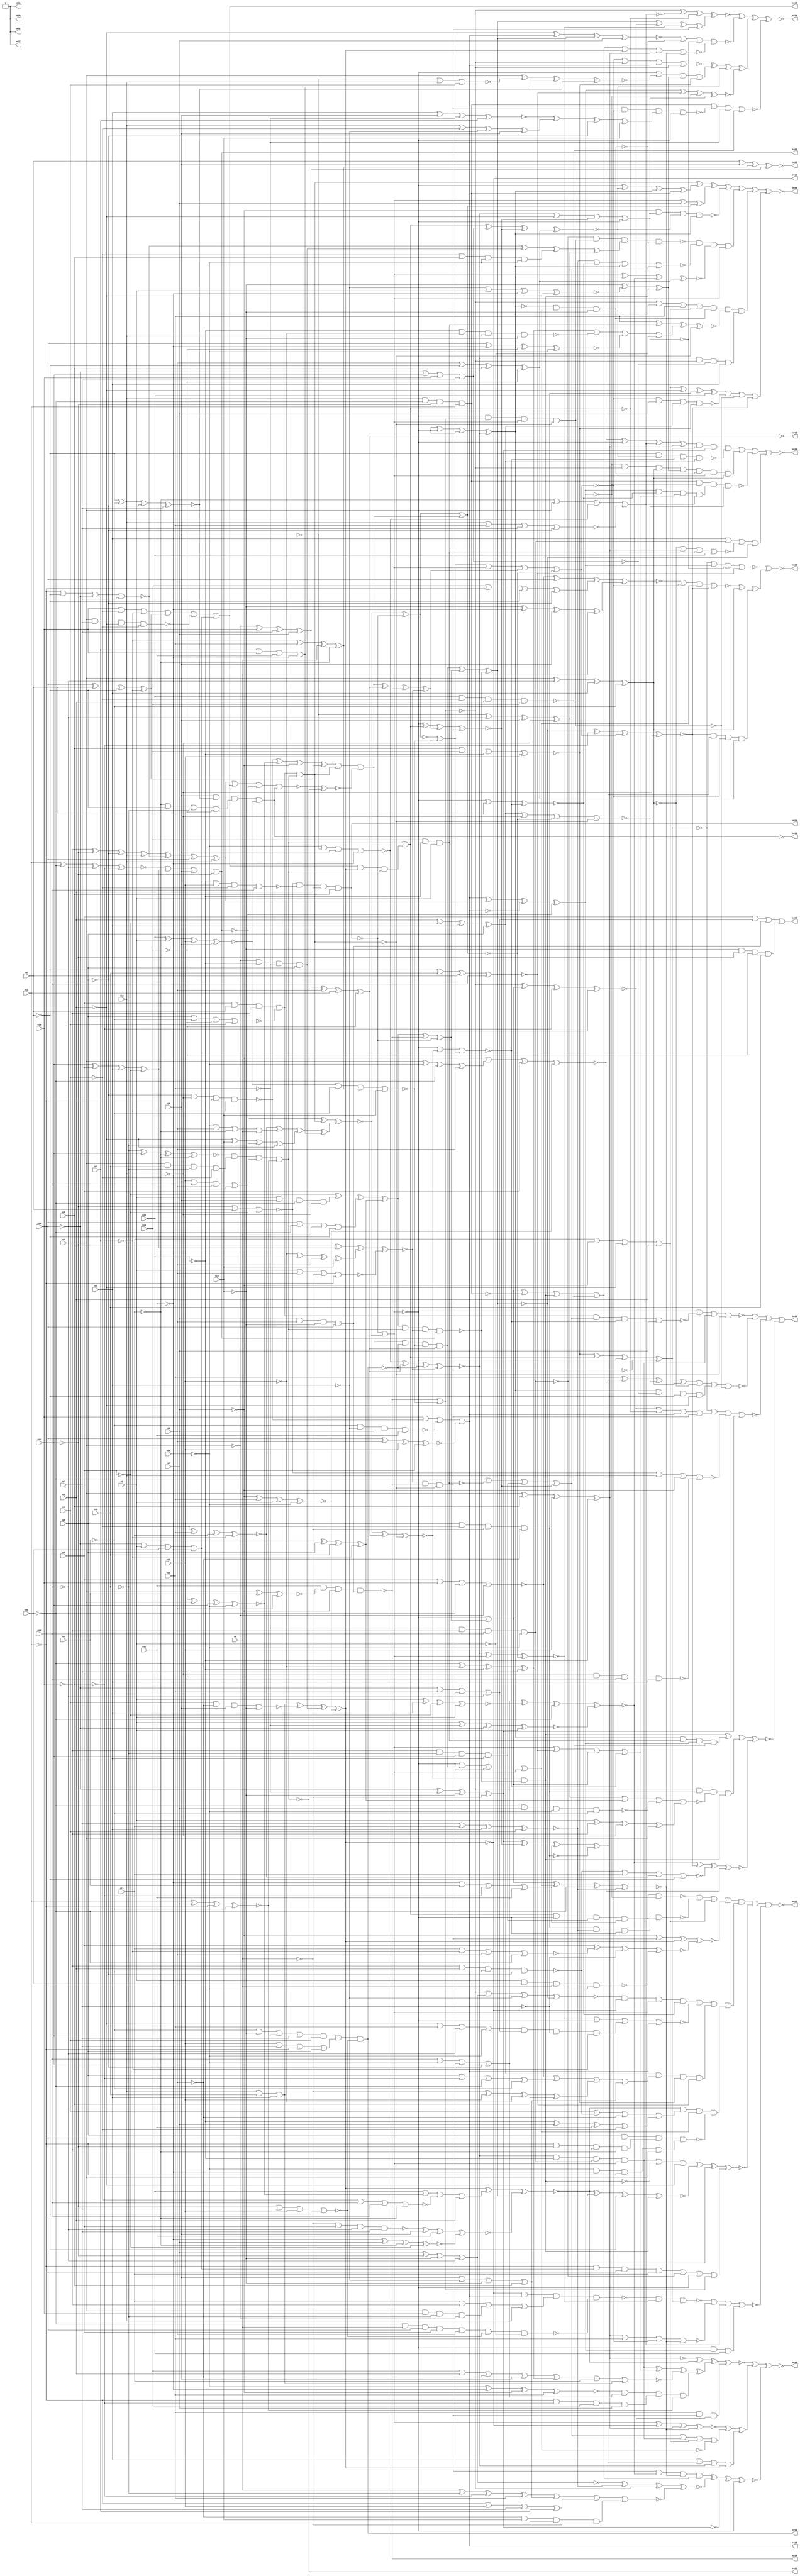
// Benchmark C:\Users\Lucas Nestor\Documents\osu\sp21\esl\circuit_generation\Stats\5_24_randomized_params\Stat_804_2825 written by SynthGen on 2021/05/24 19:48:30
module Stat_804_2825( n1, n2, n3, n4, n5, n6, n7, n8,
 n9, n10, n11, n12, n13, n14, n15, n16,
 n17, n18, n19, n20, n21, n22, n23, n24,
 n25, n26, n27, n28, n29, n30, n31, n32,
 n398, n413, n409, n419, n415, n417, n421, n410,
 n420, n422, n412, n418, n414, n832, n829, n828,
 n827, n834, n836, n835, n831, n830, n833);

input n1, n2, n3, n4, n5, n6, n7, n8,
 n9, n10, n11, n12, n13, n14, n15, n16,
 n17, n18, n19, n20, n21, n22, n23, n24,
 n25, n26, n27, n28, n29, n30, n31, n32;

output n398, n413, n409, n419, n415, n417, n421, n410,
 n420, n422, n412, n418, n414, n832, n829, n828,
 n827, n834, n836, n835, n831, n830, n833;

wire n33, n34, n35, n36, n37, n38, n39, n40,
 n41, n42, n43, n44, n45, n46, n47, n48,
 n49, n50, n51, n52, n53, n54, n55, n56,
 n57, n58, n59, n60, n61, n62, n63, n64,
 n65, n66, n67, n68, n69, n70, n71, n72,
 n73, n74, n75, n76, n77, n78, n79, n80,
 n81, n82, n83, n84, n85, n86, n87, n88,
 n89, n90, n91, n92, n93, n94, n95, n96,
 n97, n98, n99, n100, n101, n102, n103, n104,
 n105, n106, n107, n108, n109, n110, n111, n112,
 n113, n114, n115, n116, n117, n118, n119, n120,
 n121, n122, n123, n124, n125, n126, n127, n128,
 n129, n130, n131, n132, n133, n134, n135, n136,
 n137, n138, n139, n140, n141, n142, n143, n144,
 n145, n146, n147, n148, n149, n150, n151, n152,
 n153, n154, n155, n156, n157, n158, n159, n160,
 n161, n162, n163, n164, n165, n166, n167, n168,
 n169, n170, n171, n172, n173, n174, n175, n176,
 n177, n178, n179, n180, n181, n182, n183, n184,
 n185, n186, n187, n188, n189, n190, n191, n192,
 n193, n194, n195, n196, n197, n198, n199, n200,
 n201, n202, n203, n204, n205, n206, n207, n208,
 n209, n210, n211, n212, n213, n214, n215, n216,
 n217, n218, n219, n220, n221, n222, n223, n224,
 n225, n226, n227, n228, n229, n230, n231, n232,
 n233, n234, n235, n236, n237, n238, n239, n240,
 n241, n242, n243, n244, n245, n246, n247, n248,
 n249, n250, n251, n252, n253, n254, n255, n256,
 n257, n258, n259, n260, n261, n262, n263, n264,
 n265, n266, n267, n268, n269, n270, n271, n272,
 n273, n274, n275, n276, n277, n278, n279, n280,
 n281, n282, n283, n284, n285, n286, n287, n288,
 n289, n290, n291, n292, n293, n294, n295, n296,
 n297, n298, n299, n300, n301, n302, n303, n304,
 n305, n306, n307, n308, n309, n310, n311, n312,
 n313, n314, n315, n316, n317, n318, n319, n320,
 n321, n322, n323, n324, n325, n326, n327, n328,
 n329, n330, n331, n332, n333, n334, n335, n336,
 n337, n338, n339, n340, n341, n342, n343, n344,
 n345, n346, n347, n348, n349, n350, n351, n352,
 n353, n354, n355, n356, n357, n358, n359, n360,
 n361, n362, n363, n364, n365, n366, n367, n368,
 n369, n370, n371, n372, n373, n374, n375, n376,
 n377, n378, n379, n380, n381, n382, n383, n384,
 n385, n386, n387, n388, n389, n390, n391, n392,
 n393, n394, n395, n396, n397, n399, n400, n401,
 n402, n403, n404, n405, n406, n407, n408, n411,
 n416, n423, n424, n425, n426, n427, n428, n429,
 n430, n431, n432, n433, n434, n435, n436, n437,
 n438, n439, n440, n441, n442, n443, n444, n445,
 n446, n447, n448, n449, n450, n451, n452, n453,
 n454, n455, n456, n457, n458, n459, n460, n461,
 n462, n463, n464, n465, n466, n467, n468, n469,
 n470, n471, n472, n473, n474, n475, n476, n477,
 n478, n479, n480, n481, n482, n483, n484, n485,
 n486, n487, n488, n489, n490, n491, n492, n493,
 n494, n495, n496, n497, n498, n499, n500, n501,
 n502, n503, n504, n505, n506, n507, n508, n509,
 n510, n511, n512, n513, n514, n515, n516, n517,
 n518, n519, n520, n521, n522, n523, n524, n525,
 n526, n527, n528, n529, n530, n531, n532, n533,
 n534, n535, n536, n537, n538, n539, n540, n541,
 n542, n543, n544, n545, n546, n547, n548, n549,
 n550, n551, n552, n553, n554, n555, n556, n557,
 n558, n559, n560, n561, n562, n563, n564, n565,
 n566, n567, n568, n569, n570, n571, n572, n573,
 n574, n575, n576, n577, n578, n579, n580, n581,
 n582, n583, n584, n585, n586, n587, n588, n589,
 n590, n591, n592, n593, n594, n595, n596, n597,
 n598, n599, n600, n601, n602, n603, n604, n605,
 n606, n607, n608, n609, n610, n611, n612, n613,
 n614, n615, n616, n617, n618, n619, n620, n621,
 n622, n623, n624, n625, n626, n627, n628, n629,
 n630, n631, n632, n633, n634, n635, n636, n637,
 n638, n639, n640, n641, n642, n643, n644, n645,
 n646, n647, n648, n649, n650, n651, n652, n653,
 n654, n655, n656, n657, n658, n659, n660, n661,
 n662, n663, n664, n665, n666, n667, n668, n669,
 n670, n671, n672, n673, n674, n675, n676, n677,
 n678, n679, n680, n681, n682, n683, n684, n685,
 n686, n687, n688, n689, n690, n691, n692, n693,
 n694, n695, n696, n697, n698, n699, n700, n701,
 n702, n703, n704, n705, n706, n707, n708, n709,
 n710, n711, n712, n713, n714, n715, n716, n717,
 n718, n719, n720, n721, n722, n723, n724, n725,
 n726, n727, n728, n729, n730, n731, n732, n733,
 n734, n735, n736, n737, n738, n739, n740, n741,
 n742, n743, n744, n745, n746, n747, n748, n749,
 n750, n751, n752, n753, n754, n755, n756, n757,
 n758, n759, n760, n761, n762, n763, n764, n765,
 n766, n767, n768, n769, n770, n771, n772, n773,
 n774, n775, n776, n777, n778, n779, n780, n781,
 n782, n783, n784, n785, n786, n787, n788, n789,
 n790, n791, n792, n793, n794, n795, n796, n797,
 n798, n799, n800, n801, n802, n803, n804, n805,
 n806, n807, n808, n809, n810, n811, n812, n813,
 n814, n815, n816, n817, n818, n819, n820, n821,
 n822, n823, n824, n825, n826;

not  g0 (n129, n14);
not  g1 (n87, n9);
buf  g2 (n100, n1);
not  g3 (n50, n11);
buf  g4 (n36, n4);
not  g5 (n82, n5);
buf  g6 (n139, n15);
buf  g7 (n120, n15);
not  g8 (n138, n9);
not  g9 (n89, n26);
buf  g10 (n47, n25);
not  g11 (n140, n19);
buf  g12 (n155, n13);
buf  g13 (n40, n23);
buf  g14 (n119, n11);
not  g15 (n33, n2);
not  g16 (n148, n32);
not  g17 (n66, n24);
not  g18 (n114, n2);
buf  g19 (n68, n4);
buf  g20 (n77, n19);
buf  g21 (n81, n17);
not  g22 (n54, n12);
not  g23 (n154, n6);
buf  g24 (n37, n16);
buf  g25 (n64, n17);
not  g26 (n57, n5);
not  g27 (n159, n29);
buf  g28 (n75, n26);
not  g29 (n109, n22);
not  g30 (n101, n25);
not  g31 (n98, n28);
buf  g32 (n111, n8);
buf  g33 (n147, n19);
buf  g34 (n115, n18);
not  g35 (n110, n3);
buf  g36 (n48, n16);
buf  g37 (n42, n20);
buf  g38 (n92, n23);
buf  g39 (n151, n7);
buf  g40 (n104, n7);
not  g41 (n45, n4);
not  g42 (n94, n5);
buf  g43 (n38, n8);
not  g44 (n62, n20);
not  g45 (n131, n18);
not  g46 (n46, n31);
not  g47 (n53, n6);
not  g48 (n145, n2);
buf  g49 (n39, n17);
not  g50 (n127, n11);
not  g51 (n152, n32);
buf  g52 (n43, n26);
buf  g53 (n126, n19);
buf  g54 (n103, n27);
buf  g55 (n149, n28);
not  g56 (n143, n15);
not  g57 (n107, n11);
buf  g58 (n63, n21);
buf  g59 (n74, n27);
not  g60 (n146, n27);
not  g61 (n123, n16);
buf  g62 (n52, n9);
not  g63 (n142, n25);
not  g64 (n76, n10);
buf  g65 (n49, n15);
buf  g66 (n130, n29);
buf  g67 (n91, n29);
buf  g68 (n84, n32);
not  g69 (n34, n31);
buf  g70 (n113, n22);
not  g71 (n83, n14);
not  g72 (n133, n13);
buf  g73 (n78, n6);
not  g74 (n144, n30);
not  g75 (n60, n24);
buf  g76 (n71, n6);
buf  g77 (n150, n31);
buf  g78 (n69, n12);
not  g79 (n135, n29);
buf  g80 (n128, n10);
not  g81 (n116, n30);
buf  g82 (n108, n18);
not  g83 (n93, n25);
buf  g84 (n160, n3);
buf  g85 (n85, n1);
not  g86 (n118, n32);
not  g87 (n136, n17);
buf  g88 (n102, n14);
not  g89 (n157, n21);
buf  g90 (n134, n27);
not  g91 (n61, n8);
buf  g92 (n79, n5);
not  g93 (n105, n10);
not  g94 (n153, n12);
not  g95 (n65, n13);
buf  g96 (n132, n28);
buf  g97 (n156, n13);
buf  g98 (n141, n1);
buf  g99 (n51, n4);
not  g100 (n106, n21);
buf  g101 (n122, n10);
buf  g102 (n58, n8);
not  g103 (n44, n20);
buf  g104 (n137, n20);
not  g105 (n117, n18);
buf  g106 (n67, n1);
not  g107 (n124, n12);
not  g108 (n86, n30);
not  g109 (n56, n31);
not  g110 (n90, n16);
not  g111 (n80, n3);
buf  g112 (n72, n3);
buf  g113 (n158, n7);
buf  g114 (n73, n30);
not  g115 (n59, n14);
not  g116 (n99, n9);
buf  g117 (n55, n22);
buf  g118 (n88, n21);
buf  g119 (n121, n2);
not  g120 (n41, n28);
not  g121 (n97, n22);
not  g122 (n95, n24);
not  g123 (n112, n23);
not  g124 (n70, n24);
not  g125 (n125, n26);
buf  g126 (n35, n7);
not  g127 (n96, n23);
not  g128 (n259, n34);
not  g129 (n264, n81);
not  g130 (n302, n82);
not  g131 (n177, n72);
not  g132 (n164, n110);
buf  g133 (n229, n136);
buf  g134 (n263, n91);
buf  g135 (n306, n129);
not  g136 (n294, n151);
buf  g137 (n269, n102);
not  g138 (n167, n142);
not  g139 (n312, n58);
not  g140 (n296, n67);
buf  g141 (n198, n160);
not  g142 (n199, n73);
buf  g143 (n318, n144);
not  g144 (n328, n47);
buf  g145 (n174, n135);
not  g146 (n211, n49);
not  g147 (n256, n89);
buf  g148 (n289, n126);
not  g149 (n310, n130);
not  g150 (n253, n147);
not  g151 (n245, n41);
not  g152 (n243, n76);
not  g153 (n257, n80);
buf  g154 (n309, n125);
not  g155 (n239, n137);
buf  g156 (n179, n138);
not  g157 (n237, n125);
buf  g158 (n324, n81);
not  g159 (n226, n44);
not  g160 (n180, n107);
not  g161 (n248, n118);
buf  g162 (n295, n128);
not  g163 (n304, n97);
buf  g164 (n218, n68);
buf  g165 (n250, n94);
not  g166 (n166, n117);
not  g167 (n191, n107);
buf  g168 (n298, n133);
buf  g169 (n238, n145);
not  g170 (n216, n100);
not  g171 (n215, n127);
not  g172 (n262, n124);
not  g173 (n225, n88);
not  g174 (n284, n67);
buf  g175 (n285, n49);
buf  g176 (n279, n54);
buf  g177 (n183, n107);
buf  g178 (n273, n117);
not  g179 (n249, n94);
not  g180 (n173, n83);
not  g181 (n247, n143);
not  g182 (n317, n132);
not  g183 (n277, n103);
xnor g184 (n197, n122, n126, n103, n160);
xnor g185 (n202, n58, n49, n97, n121);
or   g186 (n299, n107, n94, n90, n65);
and  g187 (n201, n54, n157, n117, n127);
and  g188 (n188, n36, n108, n90, n45);
and  g189 (n233, n141, n139, n144, n89);
or   g190 (n200, n156, n54, n82, n44);
xor  g191 (n176, n154, n134, n146, n132);
nor  g192 (n236, n43, n113, n35, n62);
or   g193 (n293, n92, n95, n88, n44);
or   g194 (n187, n159, n55, n96, n70);
nand g195 (n290, n141, n73, n71, n66);
nor  g196 (n330, n149, n155, n93, n134);
or   g197 (n244, n74, n35, n153, n42);
nor  g198 (n246, n124, n57, n105, n104);
and  g199 (n320, n131, n123, n88, n111);
xnor g200 (n292, n100, n111, n80, n85);
nor  g201 (n186, n119, n145, n77, n144);
nand g202 (n181, n116, n39, n60, n87);
or   g203 (n276, n137, n98, n116, n87);
or   g204 (n316, n119, n136, n135, n130);
xor  g205 (n267, n144, n146, n101, n158);
xnor g206 (n240, n69, n81, n153, n87);
or   g207 (n195, n155, n91, n140, n120);
nor  g208 (n228, n157, n104, n74, n82);
nand g209 (n169, n154, n160, n112, n35);
or   g210 (n297, n124, n74, n158, n121);
or   g211 (n221, n108, n115, n46, n33);
nand g212 (n190, n142, n103, n56, n92);
xor  g213 (n252, n76, n148, n121, n33);
xor  g214 (n274, n45, n108, n104, n64);
xnor g215 (n268, n57, n87, n62, n151);
xor  g216 (n205, n75, n34, n61, n49);
and  g217 (n283, n56, n149, n60, n70);
nand g218 (n213, n89, n151, n40, n111);
xor  g219 (n311, n105, n109, n59, n53);
xor  g220 (n203, n142, n39, n84, n56);
nor  g221 (n321, n61, n100, n148, n159);
and  g222 (n162, n86, n71, n122, n160);
nand g223 (n163, n128, n73, n101, n110);
nor  g224 (n255, n106, n79, n110);
or   g225 (n326, n105, n63, n108, n151);
xnor g226 (n242, n65, n51, n63, n66);
nand g227 (n288, n44, n125, n153, n114);
xor  g228 (n275, n99, n42, n37, n33);
nor  g229 (n185, n46, n92, n40, n127);
xnor g230 (n270, n66, n152, n136, n55);
and  g231 (n300, n115, n36, n145, n96);
xor  g232 (n278, n146, n47, n147, n102);
and  g233 (n214, n124, n98, n155, n64);
nand g234 (n307, n42, n56, n154, n140);
xor  g235 (n266, n88, n72, n58, n80);
nand g236 (n325, n47, n46, n130, n155);
or   g237 (n281, n76, n55, n138, n96);
xor  g238 (n303, n77, n94, n149, n65);
nand g239 (n308, n156, n156, n93, n100);
or   g240 (n189, n106, n156, n38, n53);
and  g241 (n261, n45, n93, n97, n42);
or   g242 (n265, n121, n115, n84, n118);
xor  g243 (n313, n39, n157, n129, n112);
xnor g244 (n329, n51, n132, n103, n101);
xor  g245 (n171, n71, n123, n41, n113);
and  g246 (n206, n95, n118, n54, n68);
or   g247 (n232, n99, n59, n63, n35);
or   g248 (n193, n130, n114, n37, n83);
xnor g249 (n231, n128, n152, n133, n60);
nand g250 (n217, n142, n146, n75, n59);
nor  g251 (n208, n143, n43, n150);
xnor g252 (n305, n57, n48, n79, n92);
nor  g253 (n301, n95, n143, n120, n152);
xor  g254 (n260, n101, n159, n74, n41);
xnor g255 (n258, n47, n67, n134, n120);
or   g256 (n220, n122, n86, n78, n82);
xor  g257 (n314, n91, n110, n38, n137);
or   g258 (n223, n48, n158, n93, n90);
nor  g259 (n182, n137, n99, n65, n150);
xnor g260 (n323, n158, n119, n38, n150);
or   g261 (n230, n43, n37, n58);
xor  g262 (n172, n38, n39, n154, n78);
or   g263 (n224, n105, n85, n73, n118);
or   g264 (n192, n70, n126, n50, n78);
xor  g265 (n271, n117, n106, n62, n75);
xnor g266 (n235, n36, n52, n126);
xnor g267 (n194, n123, n63, n50, n127);
nor  g268 (n286, n72, n115, n116, n45);
xor  g269 (n175, n85, n131, n125, n68);
or   g270 (n315, n148, n52, n98, n84);
nand g271 (n319, n75, n86, n157, n69);
or   g272 (n272, n139, n61, n129, n132);
xor  g273 (n251, n145, n55, n78, n50);
nand g274 (n204, n138, n61, n81, n84);
xor  g275 (n254, n128, n79, n57, n33);
nand g276 (n212, n68, n104, n135, n34);
or   g277 (n165, n109, n52, n72, n114);
nor  g278 (n170, n85, n77, n53, n153);
xor  g279 (n219, n143, n112, n139, n89);
and  g280 (n322, n97, n131, n40, n66);
xor  g281 (n196, n51, n95, n86, n77);
xnor g282 (n234, n69, n116, n112, n41);
xnor g283 (n184, n152, n64, n50, n80);
nand g284 (n168, n98, n149, n60, n109);
xor  g285 (n207, n83, n148, n139, n71);
and  g286 (n161, n51, n48, n90, n46);
and  g287 (n282, n64, n147, n83, n122);
and  g288 (n210, n59, n106, n133, n48);
or   g289 (n287, n134, n40, n147, n133);
xnor g290 (n241, n34, n113, n119, n114);
and  g291 (n209, n140, n102, n69, n53);
nand g292 (n280, n131, n91, n99, n62);
xor  g293 (n178, n159, n102, n123, n135);
xor  g294 (n327, n36, n96, n111, n138);
nand g295 (n291, n150, n140, n120, n129);
xnor g296 (n222, n67, n109, n76, n141);
xnor g297 (n227, n136, n113, n141, n70);
nor  g298 (n372, n219, n275, n181, n175);
xor  g299 (n381, n233, n165, n245, n271);
or   g300 (n358, n258, n179, n251, n173);
or   g301 (n365, n255, n256, n264, n213);
and  g302 (n333, n283, n300, n296, n284);
nor  g303 (n331, n166, n288, n204, n197);
and  g304 (n368, n187, n281, n294, n238);
nand g305 (n374, n226, n243, n201, n206);
xor  g306 (n345, n225, n266, n278, n170);
or   g307 (n377, n259, n280, n253, n203);
or   g308 (n346, n164, n281, n282, n210);
xor  g309 (n362, n241, n192, n178, n265);
or   g310 (n371, n286, n276, n176, n272);
nor  g311 (n332, n168, n260, n237, n214);
xor  g312 (n338, n230, n291, n261, n227);
nor  g313 (n347, n234, n266, n247, n225);
or   g314 (n355, n167, n242, n185, n263);
nand g315 (n334, n247, n268, n299, n258);
nand g316 (n343, n248, n235, n264, n282);
nor  g317 (n339, n193, n298, n291, n262);
xnor g318 (n349, n286, n243, n200, n207);
and  g319 (n336, n232, n259, n244, n228);
nand g320 (n335, n194, n161, n287, n240);
xor  g321 (n342, n249, n285, n251, n274);
nor  g322 (n373, n232, n299, n231, n300);
and  g323 (n348, n287, n276, n278, n221);
or   g324 (n384, n267, n217, n231, n216);
or   g325 (n356, n229, n196, n257, n227);
or   g326 (n386, n297, n235, n239, n244);
nand g327 (n352, n162, n289, n228, n284);
and  g328 (n364, n279, n224, n295, n180);
nor  g329 (n379, n238, n279, n220, n270);
and  g330 (n383, n252, n236, n223);
xor  g331 (n369, n202, n205, n239, n269);
xor  g332 (n353, n293, n292, n199, n222);
nor  g333 (n370, n280, n191, n241, n250);
xnor g334 (n366, n198, n186, n294, n290);
nor  g335 (n378, n174, n217, n172, n269);
xor  g336 (n376, n246, n261, n283, n219);
xor  g337 (n337, n274, n289, n262, n298);
or   g338 (n380, n211, n226, n250, n222);
xnor g339 (n385, n218, n208, n265, n268);
or   g340 (n357, n183, n218, n301, n236);
xor  g341 (n359, n288, n242, n229, n254);
and  g342 (n344, n255, n190, n263, n245);
and  g343 (n382, n270, n293, n214, n240);
xnor g344 (n361, n277, n252, n234, n253);
xnor g345 (n354, n169, n285, n248, n184);
xnor g346 (n363, n177, n233, n220, n275);
or   g347 (n341, n221, n254, n212, n224);
nor  g348 (n387, n171, n272, n297, n209);
and  g349 (n350, n257, n249, n273, n182);
nor  g350 (n375, n195, n267, n215, n230);
or   g351 (n351, n215, n273, n188, n237);
xnor g352 (n367, n216, n292, n296, n163);
xnor g353 (n340, n271, n246, n295, n256);
nand g354 (n360, n189, n277, n290, n260);
buf  g355 (n400, n331);
buf  g356 (n404, n345);
not  g357 (n395, n336);
not  g358 (n396, n333);
buf  g359 (n394, n334);
not  g360 (n397, n348);
buf  g361 (n392, n337);
not  g362 (n405, n340);
buf  g363 (n402, n341);
not  g364 (n399, n343);
not  g365 (n390, n344);
buf  g366 (n389, n346);
not  g367 (n401, n347);
not  g368 (n393, n332);
buf  g369 (n388, n339);
not  g370 (n403, n338);
not  g371 (n398, n342);
not  g372 (n391, n335);
buf  g373 (n407, n398);
buf  g374 (n406, n397);
buf  g375 (n415, n403);
not  g376 (n420, n400);
buf  g377 (n412, n394);
buf  g378 (n418, n402);
buf  g379 (n408, n396);
buf  g380 (n416, n404);
buf  g381 (n422, n401);
buf  g382 (n417, n393);
not  g383 (n414, n399);
not  g384 (n419, n392);
not  g385 (n421, n391);
not  g386 (n410, n390);
not  g387 (n413, n395);
buf  g388 (n409, n389);
buf  g389 (n411, n405);
buf  g390 (n424, n411);
buf  g391 (n426, n422);
buf  g392 (n433, n414);
not  g393 (n423, n412);
not  g394 (n437, n416);
not  g395 (n432, n422);
not  g396 (n438, n419);
not  g397 (n425, n421);
not  g398 (n436, n421);
buf  g399 (n428, n417);
buf  g400 (n430, n418);
not  g401 (n434, n410);
buf  g402 (n431, n420);
not  g403 (n429, n420);
not  g404 (n427, n415);
not  g405 (n435, n413);
not  g406 (n443, n427);
not  g407 (n439, n429);
not  g408 (n440, n431);
not  g409 (n444, n425);
not  g410 (n446, n432);
nor  g411 (n445, n424, n430, n432, n423);
xnor g412 (n442, n431, n424, n429, n432);
or   g413 (n441, n423, n428, n426);
and  g414 (n447, n430, n427, n425, n428);
not  g415 (n449, n442);
not  g416 (n453, n443);
buf  g417 (n454, n441);
not  g418 (n448, n442);
buf  g419 (n450, n443);
not  g420 (n455, n440);
buf  g421 (n451, n441);
not  g422 (n452, n440);
not  g423 (n465, n451);
buf  g424 (n458, n357);
buf  g425 (n467, n450);
buf  g426 (n468, n349);
buf  g427 (n456, n350);
not  g428 (n460, n448);
buf  g429 (n462, n455);
buf  g430 (n471, n449);
buf  g431 (n463, n455);
buf  g432 (n470, n448);
buf  g433 (n461, n453);
not  g434 (n469, n356);
not  g435 (n464, n353);
nand g436 (n459, n450, n452, n351, n352);
nor  g437 (n457, n451, n452, n449, n454);
xor  g438 (n466, n453, n355, n354, n454);
buf  g439 (n473, n456);
not  g440 (n472, n456);
and  g441 (n474, n473, n472);
not  g442 (n478, n474);
not  g443 (n477, n474);
not  g444 (n475, n474);
not  g445 (n476, n474);
buf  g446 (n480, n475);
not  g447 (n479, n475);
not  g448 (n482, n479);
not  g449 (n483, n480);
xor  g450 (n481, n480, n444);
xnor g451 (n484, n479, n445, n444);
nand g452 (n485, n456, n481);
nor  g453 (n486, n482, n481);
buf  g454 (n487, n485);
buf  g455 (n489, n487);
not  g456 (n488, n487);
buf  g457 (n490, n488);
buf  g458 (n492, n490);
buf  g459 (n491, n490);
not  g460 (n494, n482);
not  g461 (n496, n358);
buf  g462 (n498, n483);
not  g463 (n493, n363);
nand g464 (n495, n483, n361, n491, n360);
xnor g465 (n500, n432, n491, n362);
not  g466 (n497, n492);
or   g467 (n499, n359, n491, n484);
and  g468 (n507, n437, n433, n497);
xnor g469 (n508, n500, n434, n499);
and  g470 (n516, n496, n494, n436, n446);
xor  g471 (n515, n500, n434, n495, n496);
xnor g472 (n501, n447, n493, n435);
nor  g473 (n503, n494, n498, n434, n500);
xor  g474 (n514, n493, n498, n433, n434);
xnor g475 (n505, n498, n500, n438, n497);
or   g476 (n506, n498, n494, n433, n496);
xnor g477 (n502, n497, n495);
nand g478 (n511, n493, n436, n437, n446);
xor  g479 (n510, n499, n438, n433, n437);
and  g480 (n509, n497, n493, n499, n494);
or   g481 (n512, n486, n436, n447);
xnor g482 (n513, n301, n438, n435, n437);
and  g483 (n504, n499, n435, n496, n438);
not  g484 (n517, n503);
not  g485 (n518, n503);
not  g486 (n525, n517);
buf  g487 (n523, n517);
not  g488 (n520, n518);
not  g489 (n524, n517);
not  g490 (n522, n518);
buf  g491 (n521, n518);
not  g492 (n526, n517);
not  g493 (n519, n518);
not  g494 (n541, n506);
buf  g495 (n545, n506);
not  g496 (n528, n526);
not  g497 (n540, n507);
buf  g498 (n544, n524);
buf  g499 (n543, n513);
buf  g500 (n534, n508);
not  g501 (n539, n519);
buf  g502 (n537, n523);
buf  g503 (n532, n512);
and  g504 (n538, n505, n511);
buf  g505 (n536, n522);
xnor g506 (n542, n524, n512, n510, n507);
or   g507 (n535, n526, n526, n525, n514);
nor  g508 (n530, n525, n519, n505, n515);
xnor g509 (n546, n516, n504, n514, n511);
xnor g510 (n533, n525, n525, n520, n513);
or   g511 (n529, n526, n504, n520, n523);
nand g512 (n531, n521, n509, n516);
or   g513 (n527, n515, n521, n510, n508);
not  g514 (n614, n527);
buf  g515 (n547, n303);
not  g516 (n574, n546);
not  g517 (n619, n312);
buf  g518 (n605, n304);
buf  g519 (n616, n537);
not  g520 (n568, n329);
buf  g521 (n577, n540);
not  g522 (n587, n545);
buf  g523 (n626, n530);
buf  g524 (n558, n314);
not  g525 (n552, n539);
buf  g526 (n553, n316);
buf  g527 (n590, n305);
buf  g528 (n576, n324);
buf  g529 (n565, n543);
buf  g530 (n550, n538);
not  g531 (n600, n537);
buf  g532 (n588, n327);
buf  g533 (n602, n545);
not  g534 (n604, n539);
not  g535 (n548, n546);
not  g536 (n585, n527);
not  g537 (n607, n540);
not  g538 (n589, n313);
not  g539 (n555, n531);
buf  g540 (n615, n529);
not  g541 (n613, n324);
not  g542 (n595, n302);
buf  g543 (n579, n316);
not  g544 (n559, n545);
not  g545 (n625, n328);
not  g546 (n556, n326);
not  g547 (n572, n308);
not  g548 (n591, n532);
not  g549 (n561, n536);
not  g550 (n586, n528);
not  g551 (n564, n329);
buf  g552 (n617, n541);
not  g553 (n563, n533);
buf  g554 (n599, n304);
not  g555 (n584, n529);
not  g556 (n623, n540);
buf  g557 (n583, n541);
buf  g558 (n573, n325);
buf  g559 (n609, n323);
not  g560 (n569, n534);
not  g561 (n581, n322);
not  g562 (n557, n327);
not  g563 (n549, n307);
not  g564 (n608, n527);
buf  g565 (n594, n310);
buf  g566 (n598, n330);
buf  g567 (n618, n531);
not  g568 (n580, n319);
not  g569 (n611, n533);
not  g570 (n603, n538);
buf  g571 (n606, n311);
buf  g572 (n592, n531);
buf  g573 (n601, n530);
xor  g574 (n610, n306, n321, n538);
and  g575 (n566, n532, n544, n320, n315);
xor  g576 (n624, n330, n532, n544, n540);
xnor g577 (n597, n541, n535, n317, n536);
or   g578 (n578, n528, n305, n535, n530);
xnor g579 (n593, n535, n529, n318, n323);
nor  g580 (n554, n314, n309, n534, n487);
xnor g581 (n575, n532, n326, n542, n303);
nor  g582 (n620, n537, n536, n539);
xnor g583 (n570, n543, n537, n534);
and  g584 (n560, n543, n328, n322, n528);
or   g585 (n612, n318, n308, n320, n542);
nor  g586 (n596, n541, n313, n312, n546);
and  g587 (n567, n544, n545, n528, n487);
xnor g588 (n562, n531, n539, n302, n530);
nand g589 (n571, n533, n533, n529, n306);
xnor g590 (n622, n546, n317, n527, n309);
or   g591 (n621, n535, n319, n538, n325);
xor  g592 (n582, n311, n542, n315, n307);
or   g593 (n551, n543, n310, n542, n544);
not  g594 (n776, n587);
not  g595 (n674, n624);
buf  g596 (n685, n488);
not  g597 (n682, n467);
buf  g598 (n767, n553);
buf  g599 (n735, n577);
not  g600 (n733, n383);
buf  g601 (n680, n561);
not  g602 (n744, n567);
not  g603 (n724, n565);
not  g604 (n713, n365);
not  g605 (n719, n561);
not  g606 (n649, n606);
not  g607 (n645, n568);
buf  g608 (n750, n373);
not  g609 (n730, n624);
buf  g610 (n656, n580);
buf  g611 (n707, n554);
buf  g612 (n742, n478);
buf  g613 (n691, n588);
not  g614 (n630, n548);
not  g615 (n749, n601);
buf  g616 (n640, n458);
not  g617 (n709, n588);
not  g618 (n696, n458);
buf  g619 (n648, n465);
buf  g620 (n771, n571);
not  g621 (n720, n551);
not  g622 (n659, n596);
not  g623 (n756, n571);
not  g624 (n688, n605);
buf  g625 (n670, n556);
not  g626 (n689, n573);
buf  g627 (n651, n547);
buf  g628 (n716, n614);
buf  g629 (n676, n457);
buf  g630 (n705, n619);
not  g631 (n740, n564);
not  g632 (n710, n551);
buf  g633 (n660, n606);
buf  g634 (n667, n573);
not  g635 (n732, n488);
not  g636 (n769, n379);
not  g637 (n647, n573);
not  g638 (n754, n581);
buf  g639 (n761, n624);
buf  g640 (n700, n575);
buf  g641 (n655, n606);
not  g642 (n706, n603);
buf  g643 (n755, n466);
buf  g644 (n753, n560);
not  g645 (n748, n470);
buf  g646 (n775, n599);
buf  g647 (n784, n466);
buf  g648 (n665, n555);
not  g649 (n677, n586);
buf  g650 (n736, n587);
not  g651 (n638, n567);
buf  g652 (n652, n591);
buf  g653 (n758, n607);
not  g654 (n639, n571);
not  g655 (n686, n615);
buf  g656 (n702, n557);
buf  g657 (n701, n489);
buf  g658 (n773, n600);
not  g659 (n778, n557);
buf  g660 (n687, n590);
not  g661 (n658, n367);
buf  g662 (n781, n580);
not  g663 (n727, n620);
buf  g664 (n657, n622);
not  g665 (n650, n457);
not  g666 (n734, n600);
not  g667 (n721, n460);
or   g668 (n698, n586, n385, n610, n598);
nor  g669 (n671, n468, n614, n615, n622);
or   g670 (n783, n597, n591, n462, n607);
xnor g671 (n693, n470, n590, n460, n551);
nand g672 (n695, n581, n567, n376, n571);
or   g673 (n627, n619, n582, n565, n461);
and  g674 (n729, n570, n581, n584, n489);
nand g675 (n643, n595, n575, n626, n558);
nor  g676 (n715, n583, n620, n464, n567);
xor  g677 (n703, n489, n613, n611, n596);
xnor g678 (n739, n613, n607, n461, n366);
xnor g679 (n664, n464, n622, n370, n469);
xnor g680 (n722, n466, n574, n595, n550);
nor  g681 (n768, n621, n461, n564, n593);
xor  g682 (n766, n574, n597, n570, n623);
xnor g683 (n780, n547, n465, n590, n626);
xor  g684 (n637, n604, n575, n611, n580);
nand g685 (n673, n586, n601, n550, n559);
nand g686 (n708, n549, n609, n604, n566);
or   g687 (n681, n592, n471, n589, n603);
xor  g688 (n770, n625, n462, n378, n548);
and  g689 (n683, n471, n562, n578, n458);
or   g690 (n697, n583, n563, n605, n553);
nor  g691 (n772, n589, n603, n608, n621);
and  g692 (n636, n596, n467, n561, n562);
nand g693 (n728, n618, n616, n467, n476);
nand g694 (n712, n586, n555, n585, n556);
or   g695 (n762, n558, n566, n565, n605);
and  g696 (n774, n620, n461, n602);
or   g697 (n631, n562, n614, n578, n457);
nand g698 (n760, n613, n551, n575, n563);
and  g699 (n642, n587, n549, n372, n550);
xnor g700 (n690, n599, n572, n384, n489);
and  g701 (n741, n612, n465, n471, n469);
and  g702 (n725, n466, n377, n615, n374);
or   g703 (n747, n604, n610, n569, n548);
and  g704 (n633, n622, n582, n585, n547);
xor  g705 (n711, n605, n582, n554, n588);
and  g706 (n678, n460, n617, n588, n610);
xnor g707 (n629, n555, n598, n553, n602);
nand g708 (n692, n566, n566, n460, n477);
xor  g709 (n752, n596, n387, n623, n589);
or   g710 (n779, n612, n560, n579, n584);
or   g711 (n666, n577, n618, n591, n601);
nand g712 (n763, n582, n463, n459, n469);
xor  g713 (n737, n469, n600, n458, n568);
xnor g714 (n731, n616, n611, n464, n547);
nand g715 (n699, n459, n570, n478, n624);
nand g716 (n717, n457, n578, n548, n615);
nor  g717 (n684, n557, n568, n572, n625);
or   g718 (n746, n580, n462, n554, n626);
xnor g719 (n661, n561, n467, n564, n593);
and  g720 (n757, n599, n623, n597, n618);
nor  g721 (n679, n609, n562, n563, n612);
nor  g722 (n714, n570, n604, n368, n463);
or   g723 (n765, n364, n581, n552, n602);
and  g724 (n718, n618, n584, n555, n620);
and  g725 (n704, n565, n559, n556, n619);
xnor g726 (n785, n594, n463, n574, n576);
nor  g727 (n653, n568, n599, n608, n593);
or   g728 (n777, n577, n552, n549, n550);
xor  g729 (n759, n584, n606, n557, n585);
and  g730 (n669, n592, n552, n470, n625);
and  g731 (n675, n583, n381, n616, n577);
nand g732 (n632, n614, n576, n558, n598);
xor  g733 (n634, n592, n600, n576, n569);
and  g734 (n743, n558, n371, n598, n590);
nand g735 (n662, n476, n463, n613, n459);
nand g736 (n672, n623, n608, n369, n552);
nor  g737 (n764, n585, n559, n462, n587);
nand g738 (n635, n564, n609, n569, n553);
nand g739 (n694, n456, n612, n601, n576);
and  g740 (n663, n616, n617, n574, n468);
or   g741 (n786, n560, n603, n465, n594);
and  g742 (n628, n607, n464, n593, n621);
and  g743 (n745, n611, n556, n595, n594);
and  g744 (n668, n563, n572, n470, n573);
xnor g745 (n751, n589, n609, n583, n387);
xor  g746 (n654, n560, n578, n375, n382);
and  g747 (n738, n468, n569, n554, n386);
and  g748 (n723, n591, n617, n621, n595);
and  g749 (n644, n579, n617, n471, n619);
xor  g750 (n646, n579, n594, n549, n625);
and  g751 (n641, n579, n559, n459, n610);
xor  g752 (n726, n572, n592, n468, n626);
nand g753 (n782, n608, n477, n380, n597);
and  g754 (n814, n752, n629, n663, n755);
or   g755 (n790, n747, n742, n709, n776);
nor  g756 (n808, n711, n702, n745, n638);
or   g757 (n822, n763, n769, n675, n647);
nand g758 (n810, n665, n631, n715, n782);
nor  g759 (n793, n785, n771, n720, n768);
xor  g760 (n817, n764, n698, n700, n693);
or   g761 (n791, n646, n632, n744, n657);
nor  g762 (n823, n682, n681, n740, n724);
or   g763 (n792, n659, n666, n680, n777);
and  g764 (n825, n718, n651, n635, n759);
or   g765 (n815, n705, n754, n684, n630);
nor  g766 (n819, n670, n689, n644, n673);
or   g767 (n796, n712, n733, n726, n750);
xnor g768 (n807, n645, n784, n654, n757);
and  g769 (n821, n737, n761, n655, n643);
or   g770 (n799, n692, n708, n767, n739);
xnor g771 (n803, n628, n751, n649, n719);
nor  g772 (n811, n773, n694, n753, n701);
nor  g773 (n816, n674, n721, n710, n687);
and  g774 (n802, n770, n738, n662, n717);
xor  g775 (n806, n671, n778, n648, n633);
nor  g776 (n787, n716, n758, n762, n735);
and  g777 (n798, n697, n756, n690, n704);
nor  g778 (n794, n730, n783, n713, n660);
xnor g779 (n824, n736, n696, n652, n766);
nand g780 (n813, n781, n748, n683, n707);
xor  g781 (n818, n685, n637, n634, n760);
xnor g782 (n797, n786, n722, n775, n765);
and  g783 (n805, n678, n639, n734, n691);
or   g784 (n820, n636, n714, n743, n725);
xnor g785 (n795, n706, n668, n642, n664);
xor  g786 (n809, n741, n661, n779, n627);
xnor g787 (n812, n729, n732, n772, n780);
and  g788 (n804, n676, n723, n728, n650);
nor  g789 (n826, n656, n672, n688, n667);
nor  g790 (n788, n703, n727, n641, n658);
xnor g791 (n789, n746, n774, n686, n749);
nor  g792 (n800, n699, n653, n640, n669);
and  g793 (n801, n695, n679, n731, n677);
nor  g794 (n833, n821, n805, n813, n815);
xnor g795 (n834, n807, n809, n803, n823);
or   g796 (n831, n814, n822, n792, n812);
xnor g797 (n829, n818, n801, n798, n791);
nor  g798 (n828, n816, n788, n806, n825);
or   g799 (n832, n819, n789, n810, n790);
or   g800 (n830, n811, n808, n794, n795);
nand g801 (n835, n802, n804, n796, n787);
xnor g802 (n836, n824, n793, n817, n826);
nand g803 (n827, n799, n820, n797, n800);
endmodule